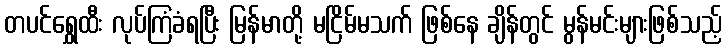
တပင်ရွှေထီး လုပ်ကြံခံရပြီး မြန်မာတို့ မငြိမ်မသက် ဖြစ်နေ ချိန်တွင် မွန်မင်းများဖြစ်သည့်